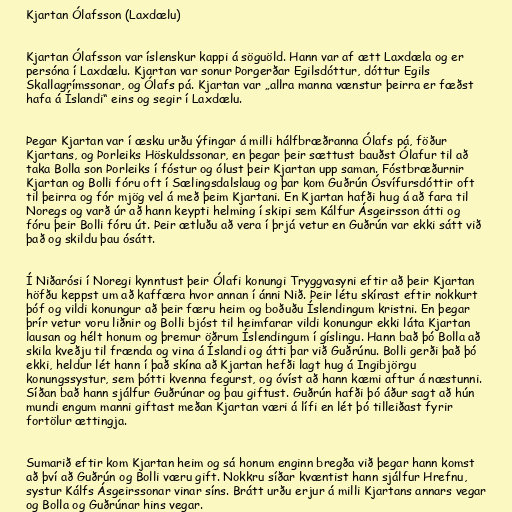
Kjartan Ólafsson (Laxdælu)

Kjartan Ólafsson var íslenskur kappi á söguöld. Hann var af ætt Laxdæla og er
persóna í Laxdælu. Kjartan var sonur Þorgerðar Egilsdóttur, dóttur Egils
Skallagrímssonar, og Ólafs pá. Kjartan var „allra manna vænstur þeirra er fæðst
hafa á Íslandi“ eins og segir í Laxdælu.

Þegar Kjartan var í æsku urðu ýfingar á milli hálfbræðranna Ólafs pá, föður
Kjartans, og Þorleiks Höskuldssonar, en þegar þeir sættust bauðst Ólafur til að
taka Bolla son Þorleiks í fóstur og ólust þeir Kjartan upp saman. Fóstbræðurnir
Kjartan og Bolli fóru oft í Sælingsdalslaug og þar kom Guðrún Ósvífursdóttir oft
til þeirra og fór mjög vel á með þeim Kjartani. En Kjartan hafði hug á að fara til
Noregs og varð úr að hann keypti helming í skipi sem Kálfur Ásgeirsson átti og
fóru þeir Bolli fóru út. Þeir ætluðu að vera í þrjá vetur en Guðrún var ekki sátt við
það og skildu þau ósátt.

Í Niðarósi í Noregi kynntust þeir Ólafi konungi Tryggvasyni eftir að þeir Kjartan
höfðu keppst um að kaffæra hvor annan í ánni Nið. Þeir létu skírast eftir nokkurt
þóf og vildi konungur að þeir færu heim og boðuðu Íslendingum kristni. En þegar
þrír vetur voru liðnir og Bolli bjóst til heimfarar vildi konungur ekki láta Kjartan
lausan og hélt honum og þremur öðrum Íslendingum í gíslingu. Hann bað þó Bolla að
skila kveðju til frænda og vina á Íslandi og átti þar við Guðrúnu. Bolli gerði það þó
ekki, heldur lét hann í það skína að Kjartan hefði lagt hug á Ingibjörgu
konungssystur, sem þótti kvenna fegurst, og óvíst að hann kæmi aftur á næstunni.
Síðan bað hann sjálfur Guðrúnar og þau giftust. Guðrún hafði þó áður sagt að hún
mundi engum manni giftast meðan Kjartan væri á lífi en lét þó tilleiðast fyrir
fortölur ættingja.

Sumarið eftir kom Kjartan heim og sá honum enginn bregða við þegar hann komst
að því að Guðrún og Bolli væru gift. Nokkru síðar kvæntist hann sjálfur Hrefnu,
systur Kálfs Ásgeirssonar vinar síns. Brátt urðu erjur á milli Kjartans annars vegar
og Bolla og Guðrúnar hins vegar.